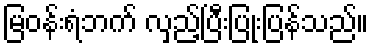
မြဝန်းရံဘက် လှည့်ပြီးပြုံးပြန်သည်။